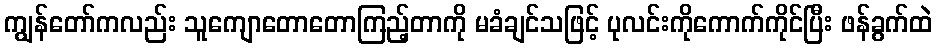
ကျွန်တော်ကလည်း သူကျောတောတောကြည့်တာကို မခံချင်သဖြင့် ပုလင်းကိုကောက်ကိုင်ပြီး ဖန်ခွက်ထဲ